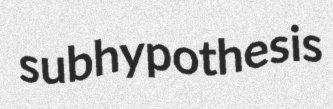
subhypothesis